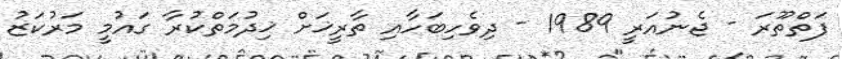
ފަތްތޫރަ - ޖެނުއަރީ 1989 - ދިވެހިބަހާއި ތާރީޚަށް ޚިދުމަތްކުރާ ގައުމީ މަރުކަޒު